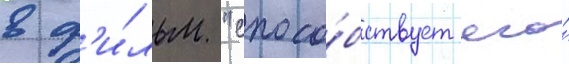
в ф'и́льм "спосо́бствует его́